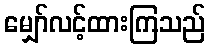
မျှော်လင့်ထားကြသည်